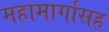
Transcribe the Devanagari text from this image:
महामार्गासह